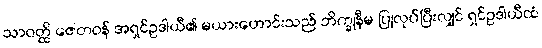
သာဝတ္ထိ ဇေတဝန် အရှင်ဥဒါယီ၏ မယားဟောင်းသည် ဘိက္ခုနီမ ပြုလုပ်ပြီးလျှင် ရှင်ဥဒါယီထံ